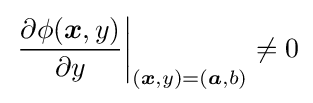
\left.{\frac {\partial \phi ({\boldsymbol {x}},y)}{\partial y}}\right|_{({\boldsymbol {x}},y)=({\boldsymbol {a}},b)}\neq 0